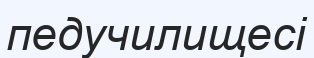
педучилищесі